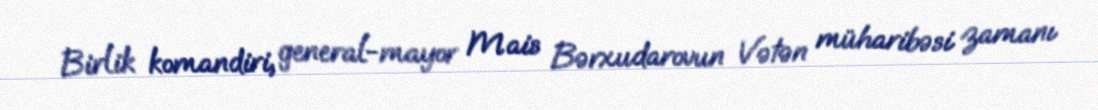
Birlik komandiri, general-mayor Mais Bərxudarovun Vətən müharibəsi zamanı